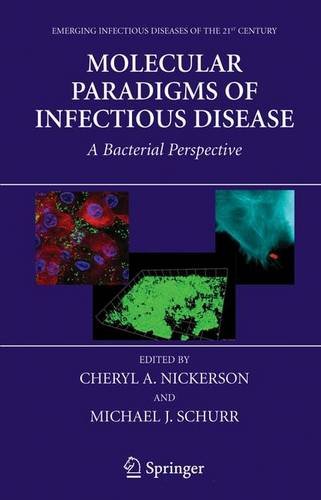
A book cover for Molecular Paradigms of Infectious Disease: A Bacterial Perspective (Emerging Infectious Diseases of the 21st Century); Medical Books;